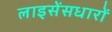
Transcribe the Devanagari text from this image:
लाइसेंसधारों